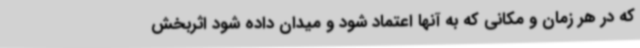
که در هر زمان و مکانی که به آنها اعتماد شود و میدان داده شود اثربخش